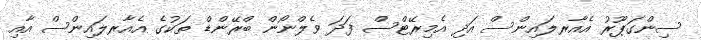
ސިންގަޕޫރު އެއާރލައިންސް އަދި އެމިރޭޓްސް ފަދަ ވެލްނޯން ބްރޭންޑް ތަކުގެ އެއާރލައިންސް އާއި